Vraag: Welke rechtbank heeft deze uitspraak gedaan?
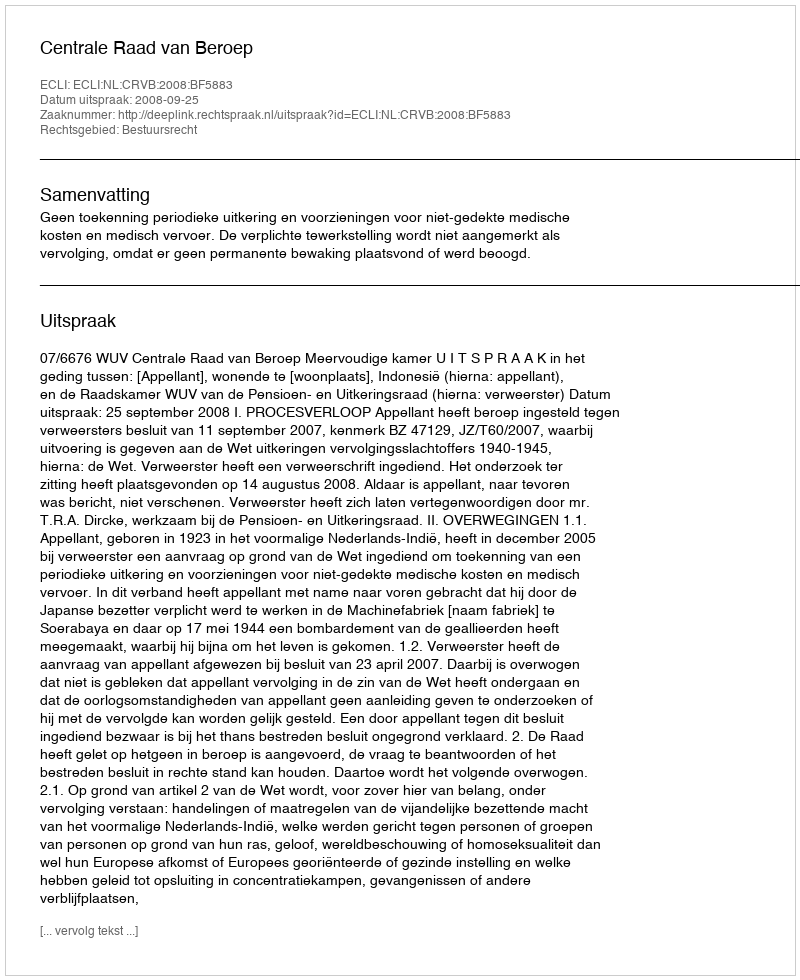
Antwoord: Centrale Raad van Beroep